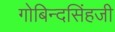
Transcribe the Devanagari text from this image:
गोबिन्दसिंहजी